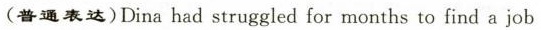
(普通表达)Dina had struggled for months to find a job